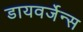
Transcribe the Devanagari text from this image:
डायवर्जेन्स